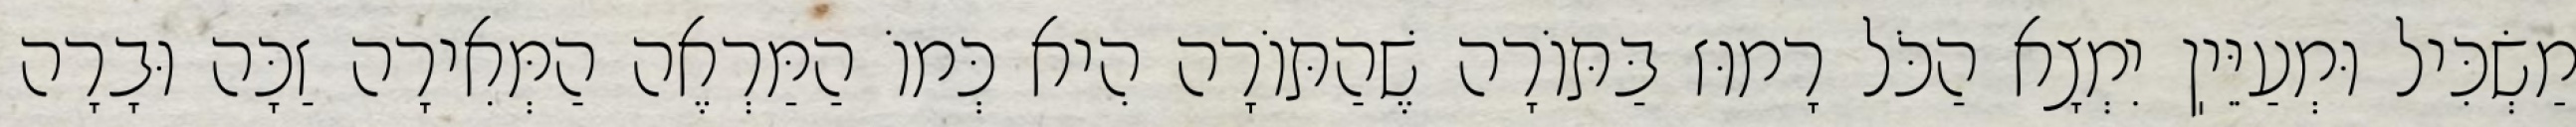
מַשְׂכִּיל וּמְעַיֵּיֽן יִמְצָא הַכֹּל רָמוּז בַּתּוֹרָה שֶׁהַתּוֹרָה הִיא כְּמוֹ הַמַּרְאֶה הַמְּאִירָה זַכָּה וּבָרָה